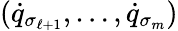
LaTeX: ({\dot{q}}_{\sigma_{\ell+1}},\dots,{\dot{q}}_{\sigma_{m}})